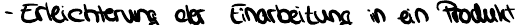
- Erleichterung der Einarbeitung in ein Produkt